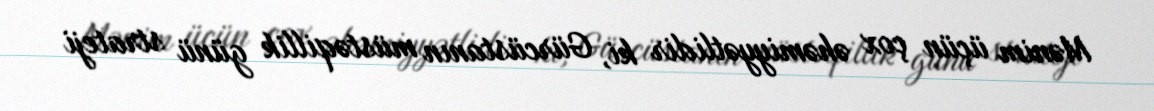
Mənim üçün çox əhəmiyyətlidir ki, Gürcüstanın müstəqillik günü strateji